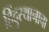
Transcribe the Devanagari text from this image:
हिंदुस्थानाचा